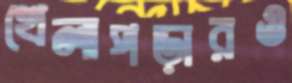
খেলাপড়ারও